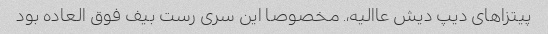
پیتزاهای دیپ دیش عاالیه،. مخصوصا این سری رست بیف فوق العاده بود